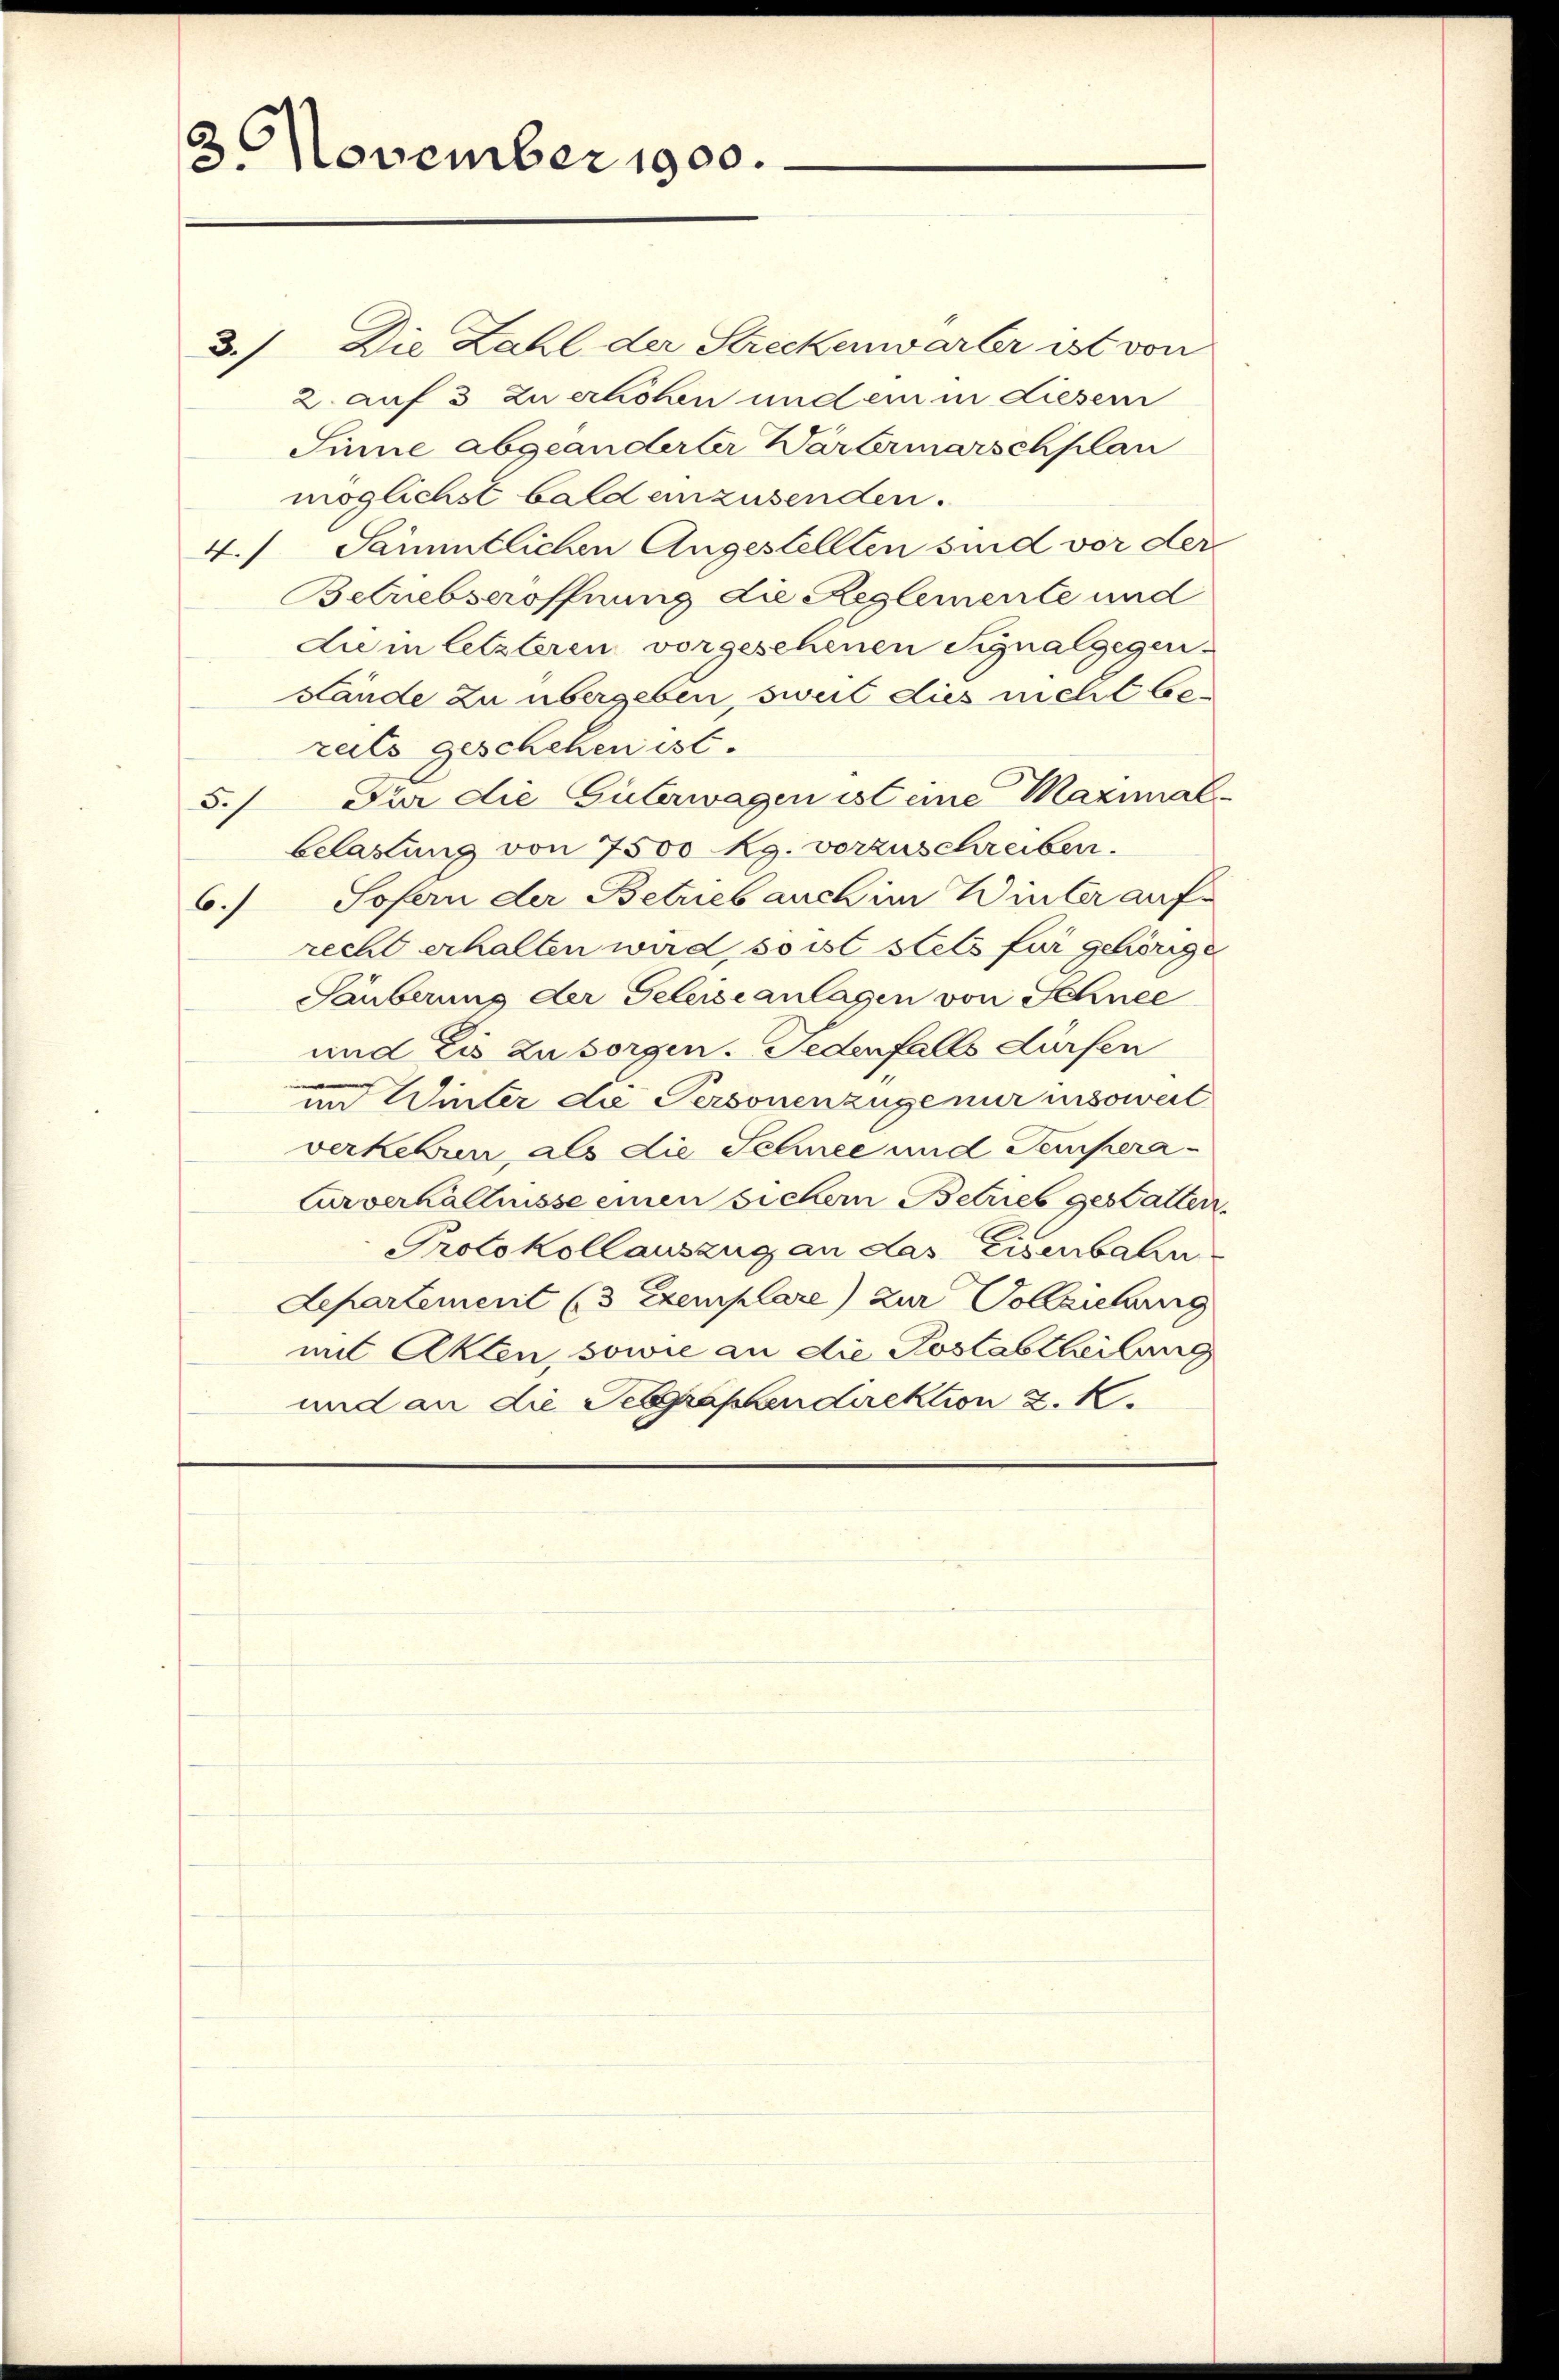
2
3. November 1900.

Die Zahl der Streckenwärter ist von
3)
2 auf 3 zu erhöhen und ein in diesem
Sinne abgeänderter Wartermarschplan
möglichst bald einzusenden.
4.) Sämmtlichen Angestellten sind vor der
Betriebseröffnung die Reglemente und
dum letzteren vorgesehenen Signalgegen-
stände zu übergeben, sweil dies nicht bezeits geschehen ist.
Für die Güterwagen ist eine Maximal-
5./
belastung von 7500 Rg. vorzuschreiben.
Sofern der Betrieb auch im Winter auf¬
6.)
recht erhalten wird, so ist stets für gehörige
Säuberung der Geleiseanlagen von Schnee
und Eis zu sorgen. Jedenfalls dürfen
im Winter die Personenzüge nur insoweit
verkehren, als die Schnee und Tempera¬
Curverhältnisse einen sichern Betrieb gestatten.
Protokollauszug an das Eisenbahn
Lepartement (3 Exemplare) zur Vollziehung
mit Akten, sowie an die Goslabtheilung
und an die Seegraphen direktion z. K.